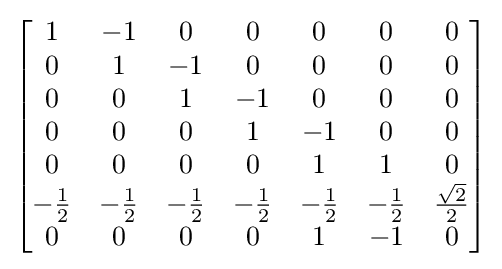
{\begin{bmatrix}1&-1&0&0&0&0&0\\0&1&-1&0&0&0&0\\0&0&1&-1&0&0&0\\0&0&0&1&-1&0&0\\0&0&0&0&1&1&0\\-{\frac {1}{2}}&-{\frac {1}{2}}&-{\frac {1}{2}}&-{\frac {1}{2}}&-{\frac {1}{2}}&-{\frac {1}{2}}&{\frac {\sqrt {2}}{2}}\\0&0&0&0&1&-1&0\\\end{bmatrix}}